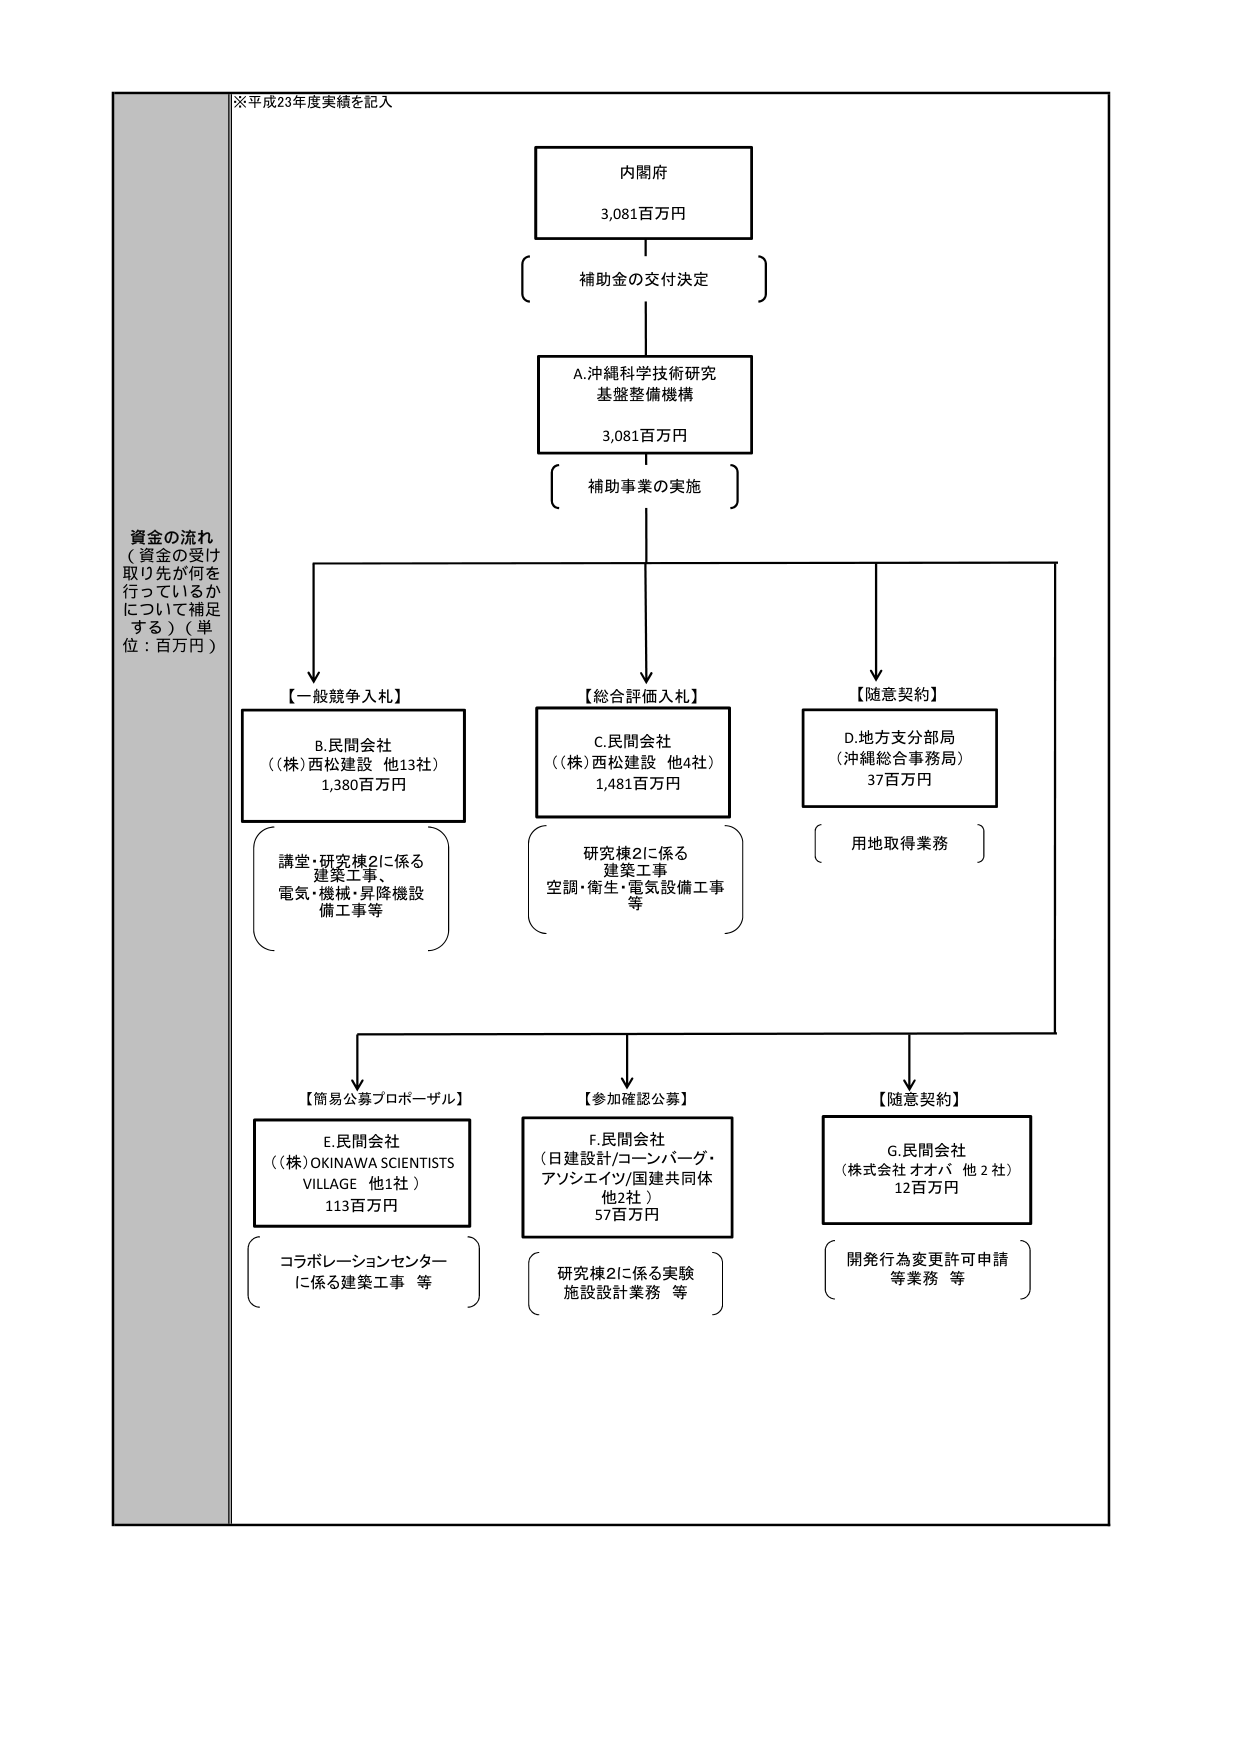
※平成23年度実績を記入

内閣府
3,081百万円

補助金の交付決定

A.沖縄科学技術研究
基盤整備機構
3,081百万円

補助事業の実施

資金の流れ
（資金の受け
取り先が何を
行っているか
について補足
する）（単
位：百万円）

【一般競争入札】
B.民間会社
（(株)西松建設 他13社）
1,380百万円
講堂・研究棟2に係る
建築工事、
電気・機械・昇降機設
備工事等

【総合評価入札】
C.民間会社
（(株)西松建設 他4社）
1,481百万円
研究棟2に係る
建築工事
空調・衛生・電気設備工事
等

【随意契約】
D.地方支分部局
（沖縄総合事務局）
37百万円
用地取得業務

【簡易公募プロポーザル】
E.民間会社
（(株)OKINAWA SCIENTISTS
VILLAGE 他1社）
113百万円
コラボレーションセンター
に係る建築工事 等

【参加確認公募】
F.民間会社
（日建設計/コーンバーグ・
アソシエイツ/国建共同体
他2社）
57百万円
研究棟2に係る実験
施設設計業務 等

【随意契約】
G.民間会社
（株式会社オオバ 他2社）
12百万円
開発行為変更許可申請
等業務 等